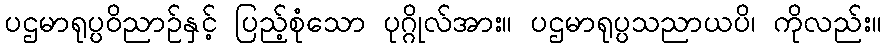
ပဌမာရုပ္ပဝိညာဉ်နှင့် ပြည့်စုံသော ပုဂ္ဂိုလ်အား။ ပဌမာရုပ္ပသညာယပိ၊ ကိုလည်း။